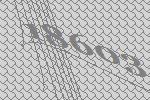
18603